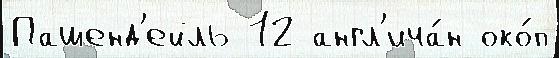
Пашенд'ейль 12 англ'ича́н око́п